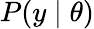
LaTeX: P(y\mid\theta)